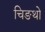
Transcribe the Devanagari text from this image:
चिङथो